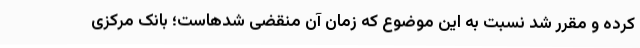
کرده و مقرر شد نسبت به این موضوع که زمان آن منقضی شدهاست؛ بانک مرکزی